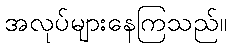
အလုပ်များနေကြသည်။